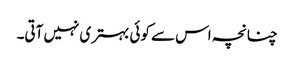
چنانچہ اس سے کوئی بہتری نہیں آتی۔